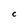
Character: C